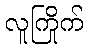
လူကြိုက်